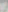
/